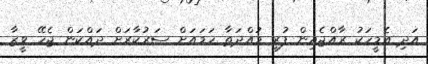
އަދި އެމީހަކު ރާއްޖެއިން ފުރި މުއްދަތާ ހަމައަށް ސަރުކާރަށް ދައްކަން ޖެހޭ ވީޒާ